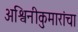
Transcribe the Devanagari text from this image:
अश्विनीकुमारांचा